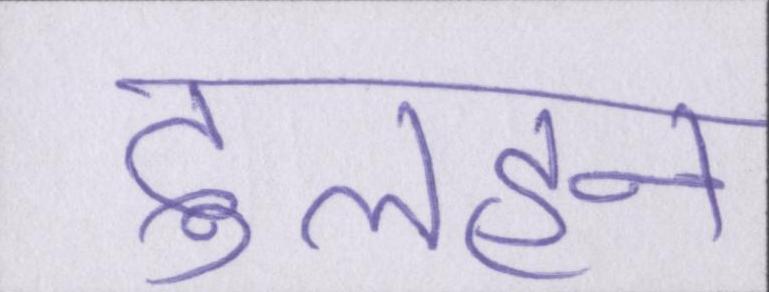
दुलहन